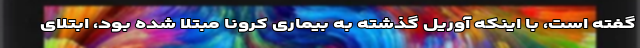
گفته است، با اینکه آوریل گذشته به بیماری کرونا مبتلا شده بود، ابتلای